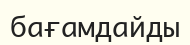
бағамдайды